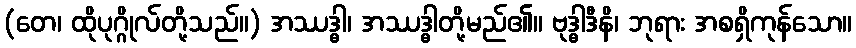
(တေ၊ ထိုပုဂ္ဂိုလ်တို့သည်။) အဿဒ္ဓါ၊ အဿဒ္ဓါတို့မည်၏။ ဗုဒ္ဓါဒီနိ၊ ဘုရား အစရှိကုန်သော။